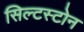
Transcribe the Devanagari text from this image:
सिल्टस्टोन